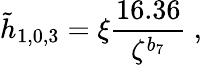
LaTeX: \tilde{h}_{1,0,3}=\xi\frac{16.36}{\zeta^{b_{7}}}\ ,